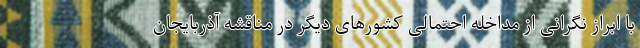
با ابراز نگرانی از مداخله احتمالی کشورهای دیگر در مناقشه آذربایجان